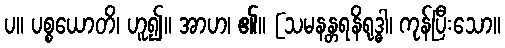
ပ။ ပစ္စယောတိ၊ ဟူ၍။ အာဟ၊ ၏။ [သမနန္တရနိရုဒ္ဓါ၊ ကုန်ပြီးသော။